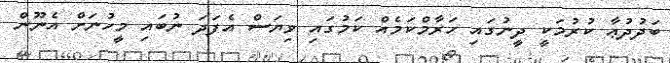
ބަދުދުޢާ ކުރުމަކީ ދީނުގައި ހަރާމްކަމެއް ކަމުގައި ވިޔަސް އެފަދަ ނުބައި މީހުނަށް އެނޫން